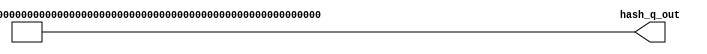
module hash_q_URAM #(parameter KEY_WIDTH = 32, parameter INDEX_WIDTH = 12) (output [INDEX_WIDTH*KEY_WIDTH - 1:0] hash_q_out);

	wire [20-1:0] hash [63:0];
	
//-------------initial hash_q-------------//
	assign  hash[0]  = 20'b00001010010000100011;
	assign	hash[1]  = 20'b00101111101110000100;
	assign	hash[2]  = 20'b10111000010101101100;
	assign	hash[3]  = 20'b00110101101010101110;
	assign	hash[4]  = 20'b01010100101110010000;
	assign	hash[5]  = 20'b10010010010111110001;
	assign	hash[6]  = 20'b10111100010110111011;
	assign	hash[7]  = 20'b10111010010111101011;
	assign	hash[8]  = 20'b11101100111010100110;
	assign	hash[9]  = 20'b10110110110100111100;
	assign	hash[10] = 20'b10100001110100001100;
	assign	hash[11] = 20'b11001111100010011001;
	assign	hash[12] = 20'b01001001000001011110;
	assign	hash[13] = 20'b00000011010100011100;
	assign	hash[14] = 20'b01000001100110110111;
	assign	hash[15] = 20'b01010001110011011110;
	assign	hash[16] = 20'b01101100110100010010;
	assign  hash[17] = 20'b11010011010111001000;
	assign	hash[18] = 20'b00010000111010111011;
	assign	hash[19] = 20'b10100010111010100110;
	assign	hash[20] = 20'b00000111110100000011;
	assign	hash[21] = 20'b10010110101001111101;
	assign	hash[22] = 20'b01000010011000111000;
	assign	hash[23] = 20'b11001001011000011111;
	assign	hash[24] = 20'b10010111011011010100;
	assign	hash[25] = 20'b11110010111111111100;
	assign	hash[26] = 20'b11100101101111110101;
	assign	hash[27] = 20'b10010001011000111011;
	assign	hash[28] = 20'b10000100111000001101;
	assign	hash[29] = 20'b11100010011100001010;
	assign	hash[30] = 20'b00000111001111011011;
	assign	hash[31] = 20'b10101011101100110010;
	
	assign  hash[32] = 20'b01001000000110011010;
	assign	hash[33] = 20'b11010100001011101110;
	assign	hash[34] = 20'b11010000000001111000;
	assign	hash[35] = 20'b11001101100011111101;
	assign	hash[36] = 20'b10000100101001001001;
	assign	hash[37] = 20'b11001100101111110110;
	assign	hash[38] = 20'b10100111100101111101;
	assign	hash[39] = 20'b11010010010111011100;
	assign	hash[40] = 20'b00101011010101001111;
	assign	hash[41] = 20'b10000101000111110010;
	assign	hash[42] = 20'b01010001001001000000;
	assign	hash[43] = 20'b11011001100011010000;
	assign	hash[44] = 20'b10011010111011000100;
	assign	hash[45] = 20'b10001100001010110111;
	assign	hash[46] = 20'b00001100100000111011;
	assign	hash[47] = 20'b01101000010000100010;
	assign	hash[48] = 20'b10111101100000100010;
	assign 	hash[49] = 20'b01100100010010011101;
	assign	hash[50] = 20'b10111000010110001011;
	assign	hash[51] = 20'b10000111111111011010;
	assign	hash[52] = 20'b00101100001011001010;
	assign	hash[53] = 20'b10100110010100000010;
	assign	hash[54] = 20'b11101110011101110010;
	assign	hash[55] = 20'b11100111010001001001;
	assign	hash[56] = 20'b01001011001010000000;
	assign	hash[57] = 20'b00011111101011000101;
	assign	hash[58] = 20'b00100110010011010101;
	assign	hash[59] = 20'b11111010010010000000;
	assign	hash[60] = 20'b01101100101111101010;
	assign	hash[61] = 20'b11110010010011001100;
	assign	hash[62] = 20'b11010100110010111111;
	assign	hash[63] = 20'b00011001110011010110;


//-------------assign output-------------//
	genvar i;
	
	generate 
	for( i = 0; i < KEY_WIDTH; i = i + 1) begin
		assign hash_q_out[INDEX_WIDTH*i+:INDEX_WIDTH] = hash[i][INDEX_WIDTH-1:0];
	end
	endgenerate
endmodule